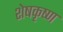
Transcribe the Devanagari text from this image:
शेषकृष्ण